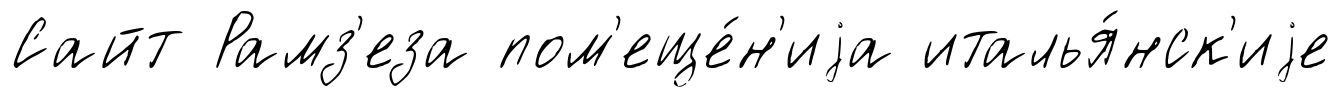
Сайт Рамз'еза пом'еще́н'иjа италья́нск'иjе